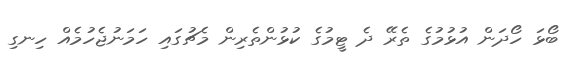
ބޯޅަ ހޯދަން އުޅުމުގެ ތެރޭ ދެ ޓީމުގެ ކުޅުންތެރިން މެޗުގައި ހަމަނުޖެހުމެއް ހިނގި